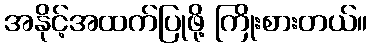
အနိုင့်အထက်ပြုဖို့ ကြိုးစားတယ်။